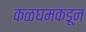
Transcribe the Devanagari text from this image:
कळघमकडून